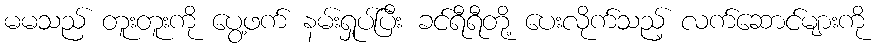
မမသည် တူးတူးကို ပွေ့ဖက် နမ်းရှုပ်ပြီး ခင်ရီရီတို့ ပေးလိုက်သည့် လက်ဆောင်များကို